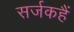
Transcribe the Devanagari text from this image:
सर्जकहैं